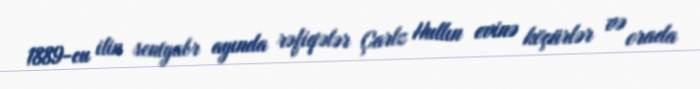
1889-cu ilin sentyabr ayında rəfiqələr Çarlz Hullın evinə köçürlər və orada